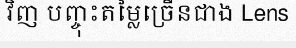
វិញ បញ្ចុះតម្លៃច្រើនជាង Lens